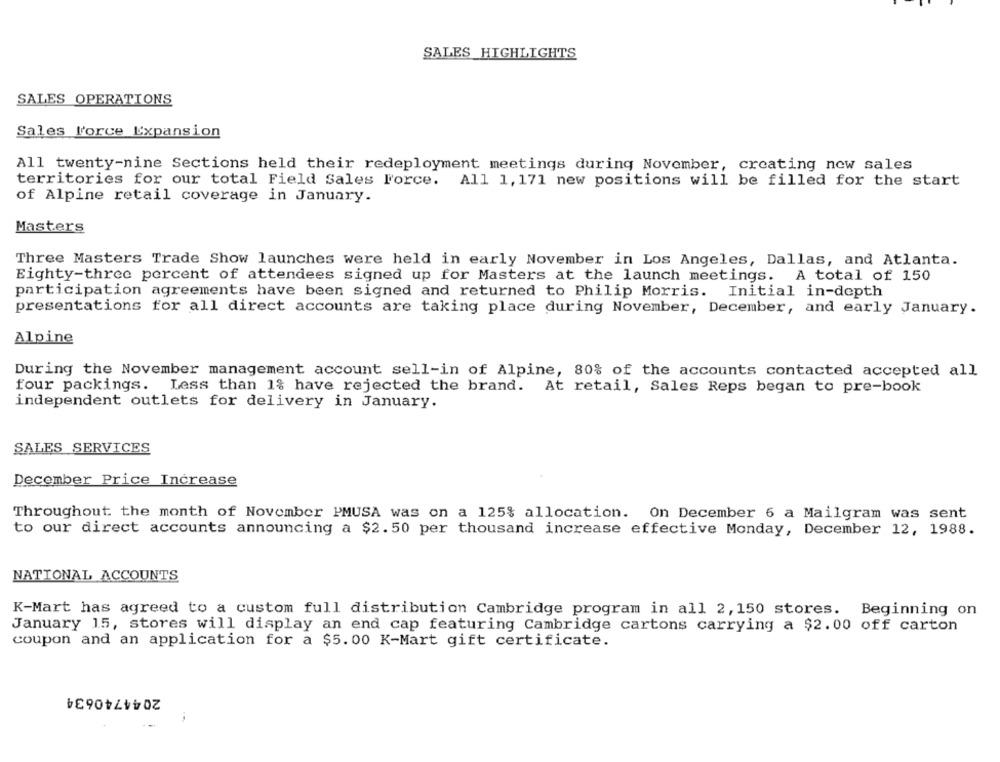
SALES HIGHLIGHTS
SALES OPERATIONS
Sales l'orce Expansion
All twenty-nine Sections held their redeployment meetings during November, creating new sales
territories for our total Field Sales Force. All 1, 171 new positions will be filled for the start
of Alpine retail coverage in January.
Masters
Three Masters Trade Show launches were held in early November in Los Angeles, Dallas, and Atlanta.
Eighty-three percent of attendees signed up for Masters at the launch meetings. A total of 150
participation agreements have been signed and returned to Philip Morris.
Initial in-depth
presentations for all direct accounts are taking place during November, December, and early January.
Alpine
During the November management account sell-in of Alpine, 80% of the accounts contacted accepted all
four packings. Less than 1% have rejected the brand. At retail, Sales Reps began to pre-book
independent outlets for delivery in January.
SALES SERVICES
December Price Increase
Throughout the month of November PMUSA was on a 125% allocation. On December 6 a Mailgram was sent
to our direct accounts announcing a $2.50 per thousand increase effective Monday, December 12, 1988.
NATIONAL ACCOUNTS
K-Mart has agreed to a custom full distribution Cambridge program in all 2, 150 stores. Beginning on
January 15, stores will display an end cap featuring Cambridge cartons carrying a $2.00 off carton
coupon and an application for a $5.00 K-Mart gift certificate.
2044740634